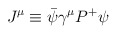
\begin{align*}J^\mu\equiv\bar\psi\gamma^\mu P^+\psi\end{align*}